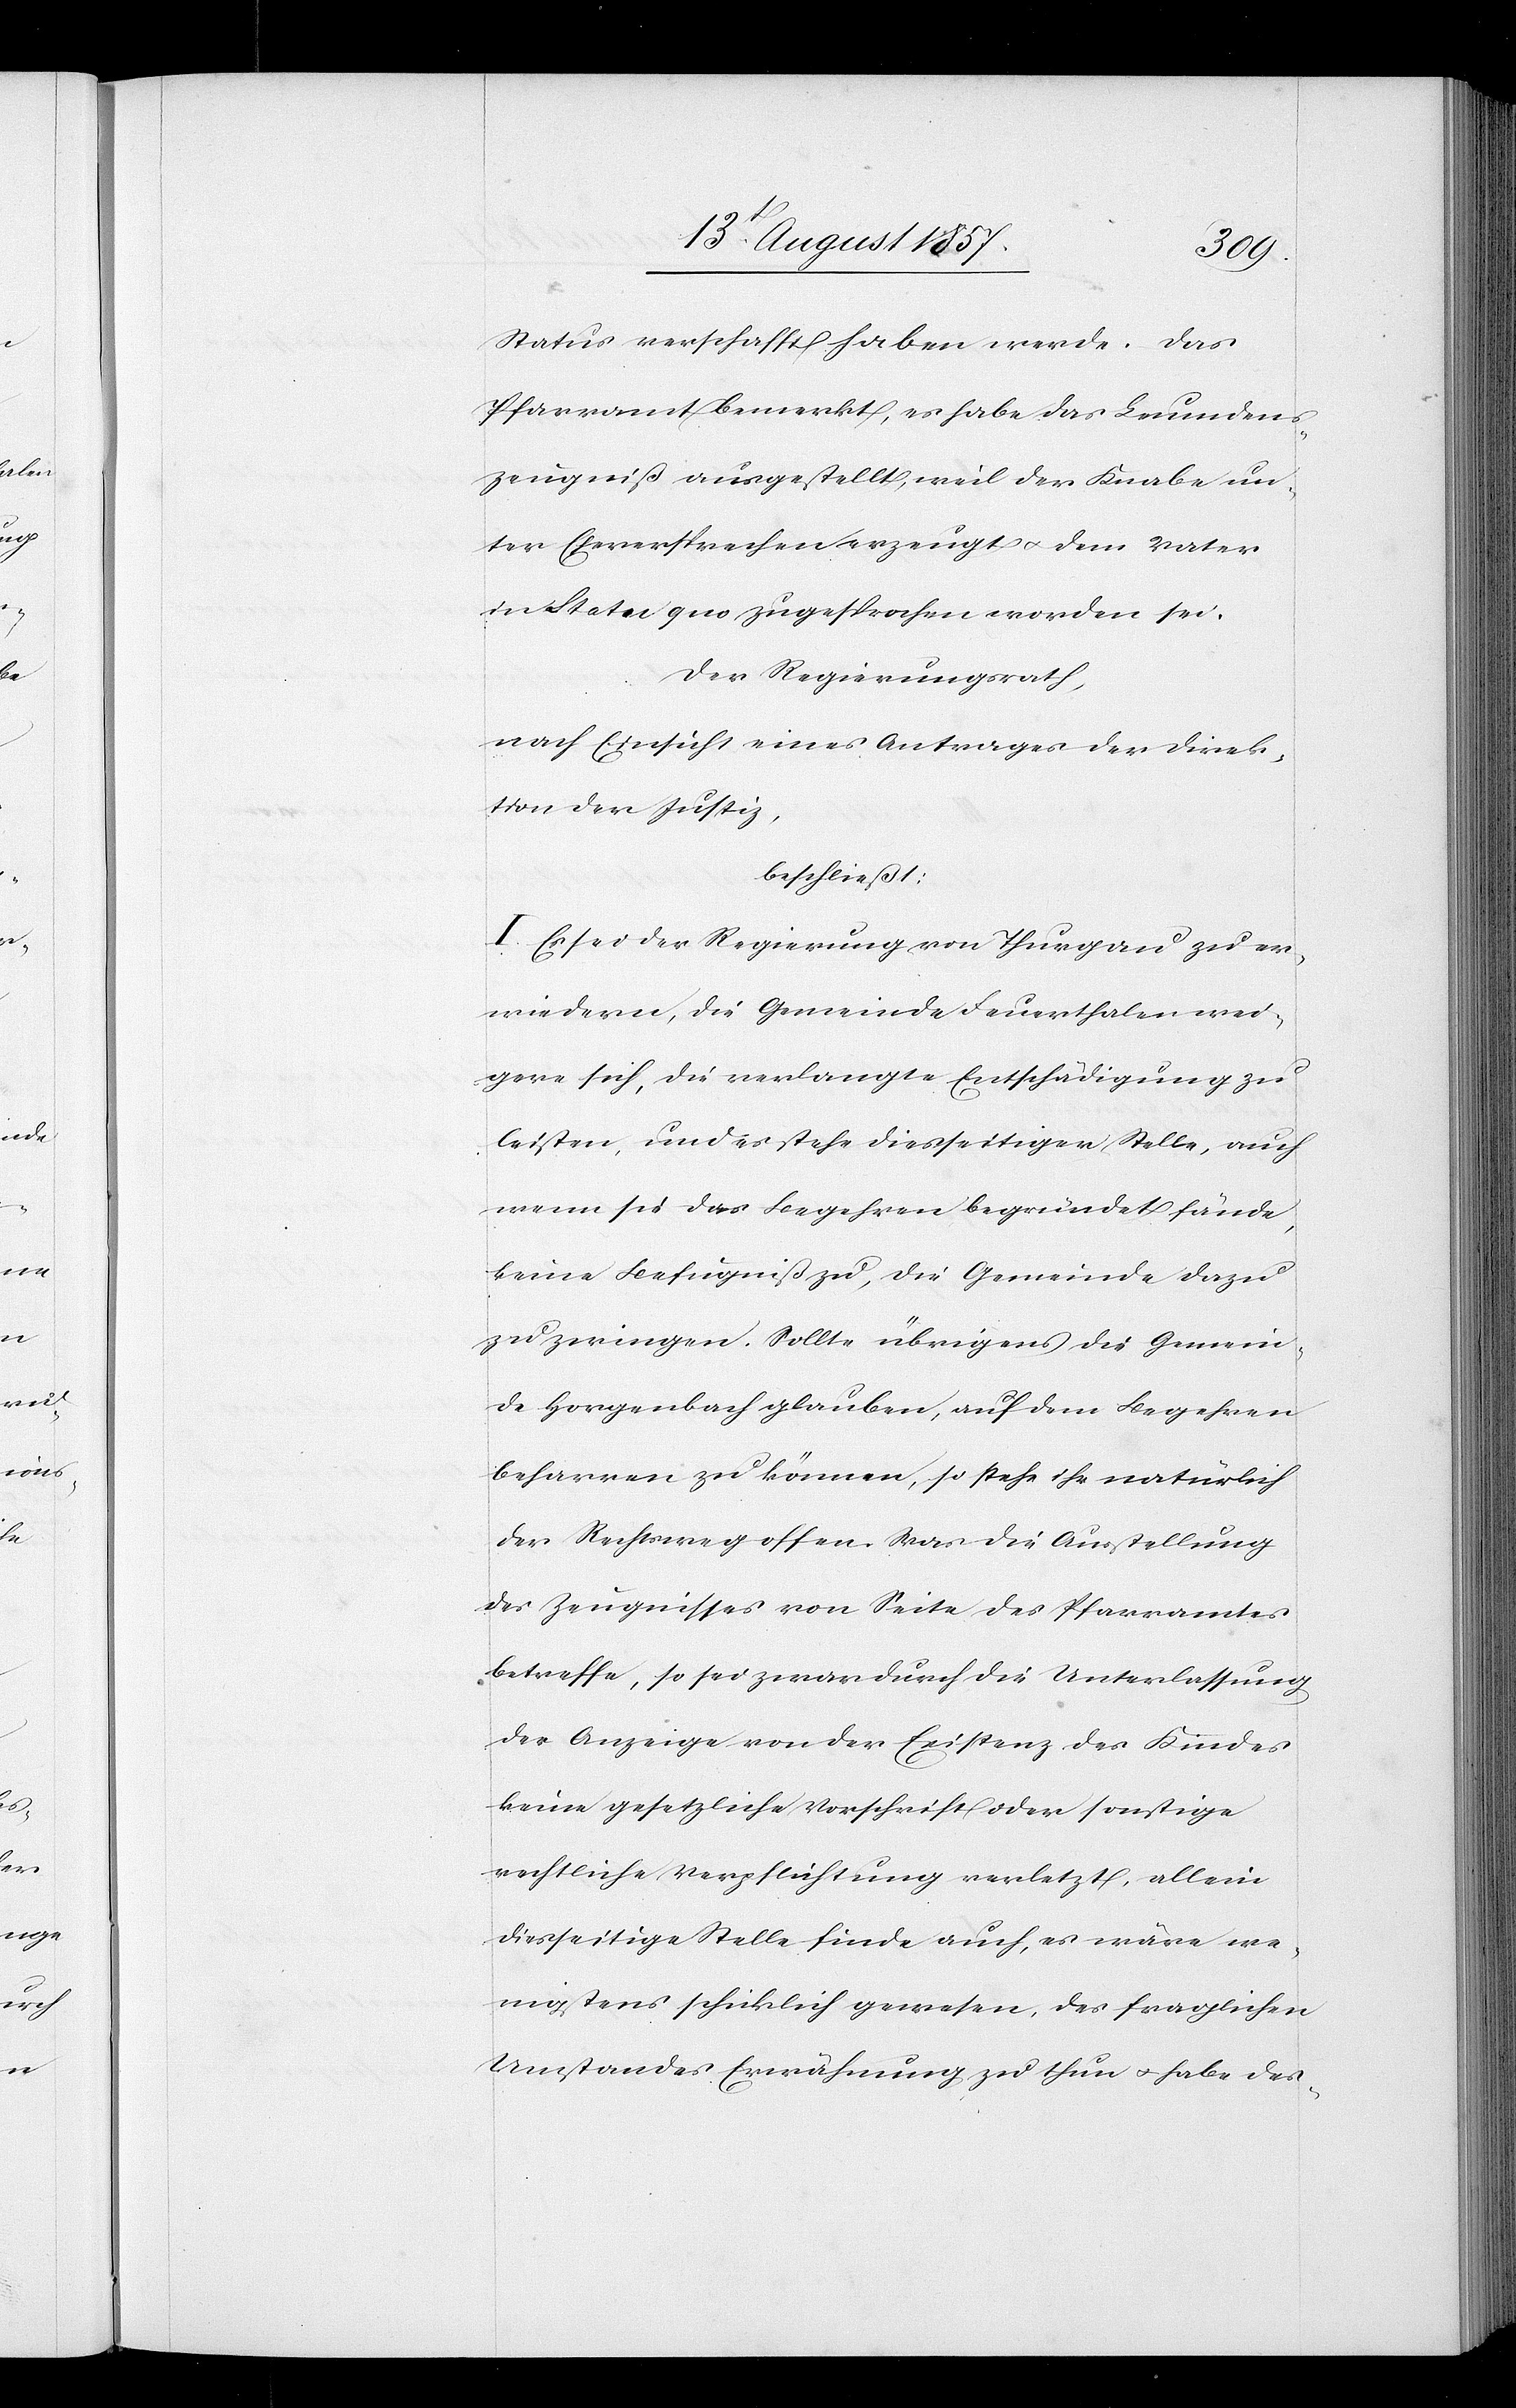
Status verschafft haben werde. Das
Pfarramt bemerkt, es habe das Leumdens¬
zeugniß ausgestellt, weil der Knabe un¬
ter Eheversprechen erzeugt & dem Vater
in Statu quo zusgeprochen worden sei.
Der Regierungsrath,
nach Einsicht eines Antrages der Direk¬
tion der Justiz,
beschließt:
I. Es sei der Regierung von Thurgau zu er¬
wiedern, die Gemeinde Feuerthalen wei¬
gere sich, die verlangte Entschädigung zu
leisten, und es stehe diesseitiger Stelle, auch
wenn sie das Begehren begründet fände,
keine Befugniß zu, die Gemeinde dazu
zu zwingen. Sollte übrigens die Gemein¬
de Horgenbach glauben, auf dem Begehren
beharren zu können, so stehe ihr natürlich
der Rechtsweg offen. Was die Ausstellung
des Zeugnisses von Seite des Pfarramtes
betreffe, so sei zwar durch die Unterlassung
der Anzeige von der Existenz des Kindes
keine gesetzliche Vorschrift oder sonstige
rechtliche Verpflichtung verletzt, allein
diesseitige Stelle finde auch, es wäre we¬
nigstens schicklich gewesen, des fraglichen
Umstandes Erwähnung zu thun & habe des-